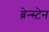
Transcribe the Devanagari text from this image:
ब्रेन्स्टेन